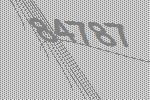
84787